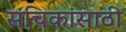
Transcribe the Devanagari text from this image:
संचिकांसाठी